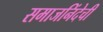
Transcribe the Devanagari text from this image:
समाजनिंदेची